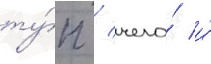
ту́п / чего́ и́